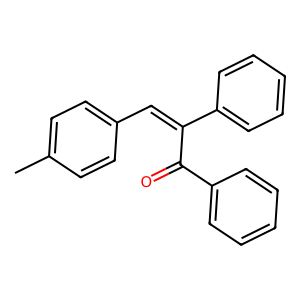
SMILES: Cc1ccc(C=C(C(=O)c2ccccc2)c2ccccc2)cc1
Inhibits HIV replication: No